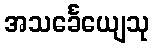
အသင်္ခေယျေသု